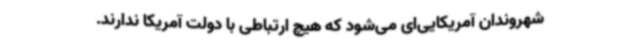
شهروندان آمریکایی‌ای می‌شود که هیچ ارتباطی با دولت آمریکا ندارند.